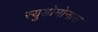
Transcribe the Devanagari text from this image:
स्युडोमोनास